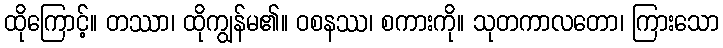
ထိုကြောင့်။ တဿာ၊ ထိုကျွန်မ၏။ ဝစနဿ၊ စကားကို။ သုတကာလတော၊ ကြားသော